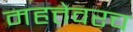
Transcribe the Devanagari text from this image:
महत्तेवरच